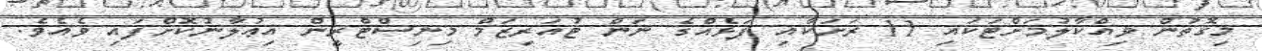
މިގޮތުން ވިއްކާލުމަށްޓަކައި 11 ރަށަކާއި ފަޅެއްގެ ނަން ޓުއަރިޒަމް މިނިސްޓްރީން އިޢުލާނުކޮށްފައި ވެއެވެ.